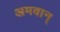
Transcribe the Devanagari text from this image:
अमवान्